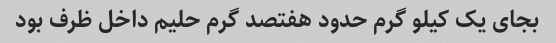
بجای یک کیلو گرم حدود هفتصد گرم حلیم داخل ظرف بود